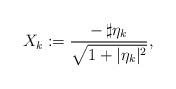
LaTeX: \begin{align*}X_k:= \frac{-\,\sharp\eta_k}{\sqrt{1+|\eta_k|^2}},\end{align*}